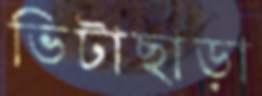
ভিটাছাড়া